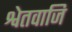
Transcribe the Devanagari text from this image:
श्वेतवाजि